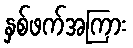
နှစ်ဖက်အကြား